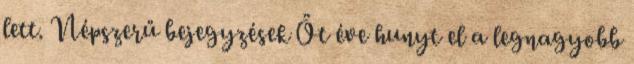
lett. Népszerű bejegyzések Öt éve hunyt el a legnagyobb